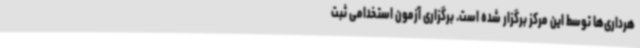
هرداری‌ها توسط این مرکز برگزار شده است. برگزاری آزمون استخدامی ثبت